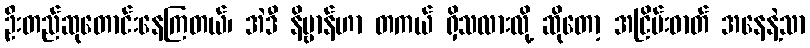
ဦးတည်ဆုတောင်းနေကြတယ်၊ အဲဒီ နိဗ္ဗာန်ဟာ တကယ် ရှိသလားလို့ ဆိုတော့ အငြိမ်းဓာတ် အနေနဲ့သာ